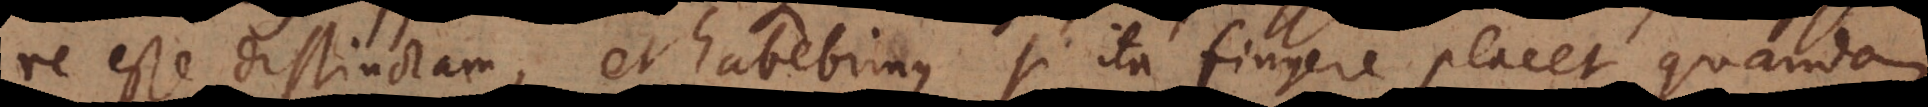
re esse distinctam, et habebimus si ita fingere placet quandam